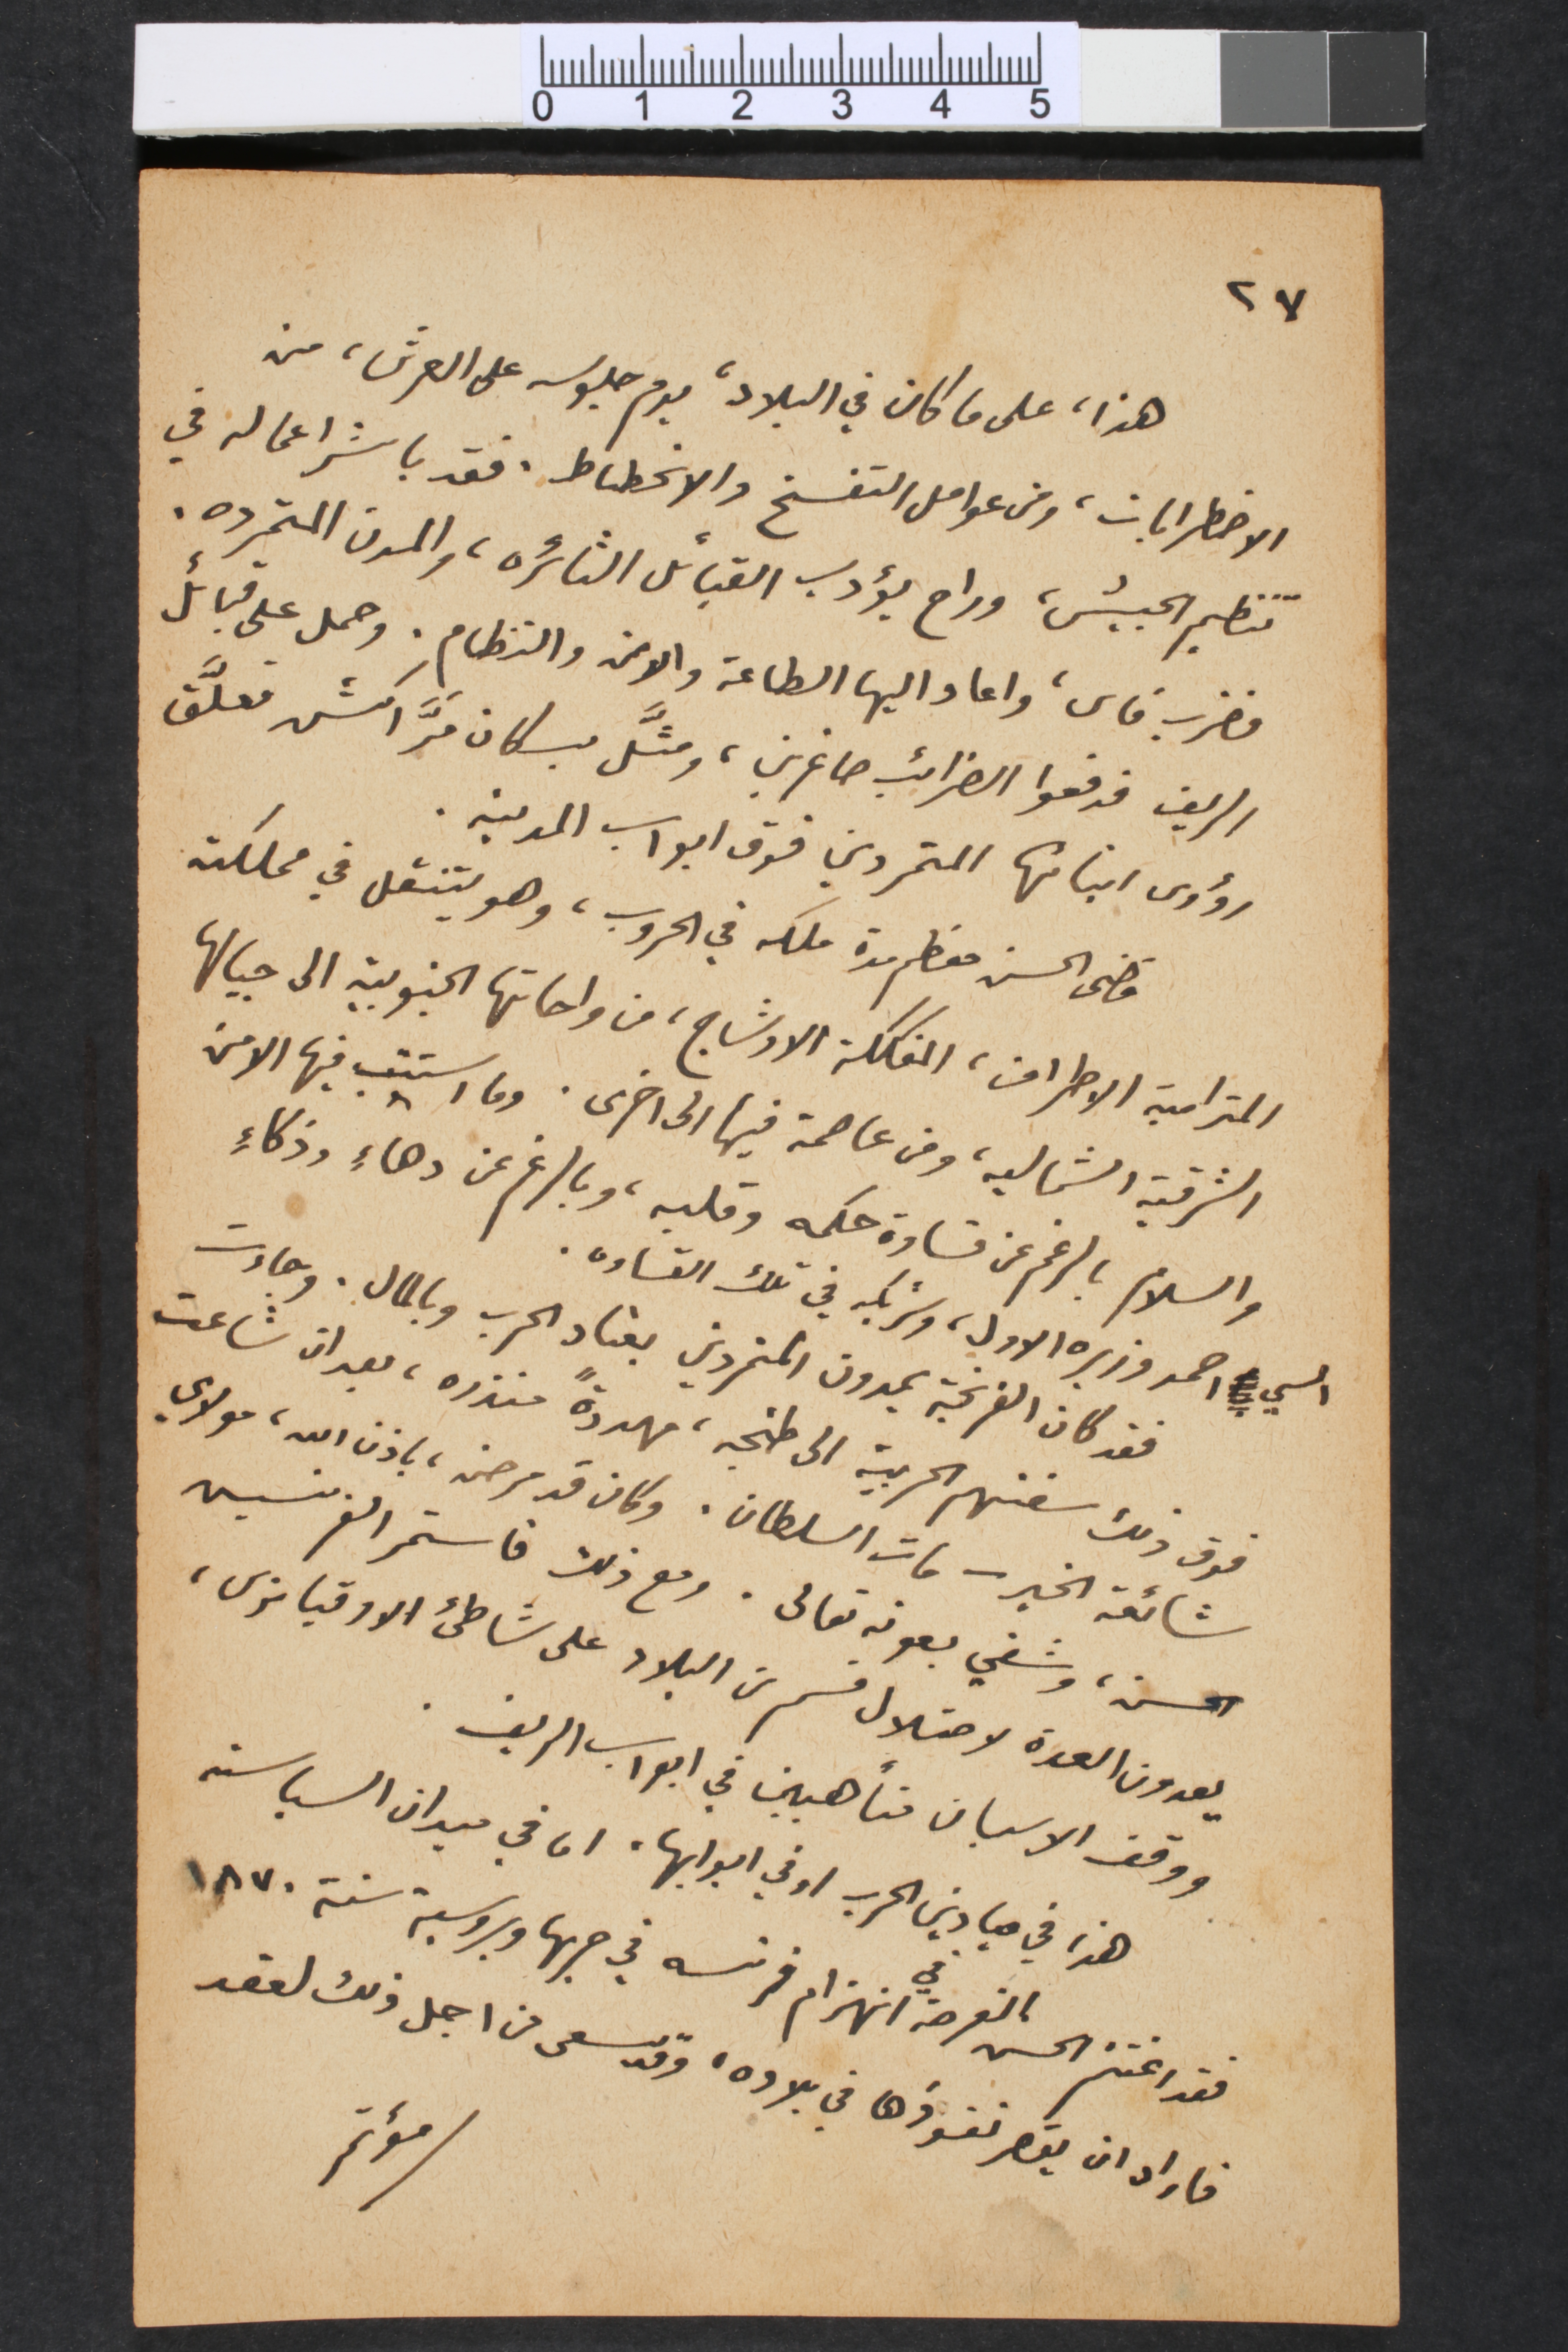
٢٧
هذا، على ما كان في البلاد، يوم جلوسه على العرش، من
الاضطرابات، ومن عوامل التفسخ والانحطاط. فقد باشر اعماله في
تنظيم الجيش، وراح يؤدب القبائل الثائره، والمدن المتمرده.
فضرب فاس، واعاد اليها الطاعة والامن والنظام. وحمل على قبائل
الريف فدفعوا الضرائب صاغرين، ومثَّل بسكان مَرّاكش فعلّق
رؤوس ابنائها المتمردين فوق ابواب المدينه.
قضى الحسن معظم مدة ملكه في الحروب، وهو يتنقل في مملكته
المترامية الاطراف، المفككة الاوشاج، من واحاتها الجنوبية الى جبالها
الشرقية الشماليه، ومن عاصمة فيها الى اخرى. وما استتب فيها الامن
والسلام بالرغم من قساوة حكمه وقلبه، وبالرغم عن دهاء وذكاء
السي احمد وزيره الاول، وشريكه في تلك القساوه.
فقد كان الفرنجة يمدون المتمردين بعتاد الحرب وبالمال. وجاءت
فوق ذلك سفنهم الحربية الى طنجه، مهددةً منذره، بعد ان شاعت
شائعة الخبر – مات السلطان. وكان قد مرض، باذن الله، مولاي
الحسن، وشفي بعونه تعالى. ومع ذلك فاستمر الفرنسيس
يعدون العدة لاحتلال قسم من البلاد على شاطىء الاوقيانوس،
ووقف الاسبان متأهبين في ابواب الريف.
هذا في ميادين الحرب او في ابوابها، اما في ميدان السياسة
فقد اغتنم الحسن الفرصة في انهزام فرنسه في حربها وبروسية سنة ١٨٧٠
فاراد ان يقصر نفوذها في بلاده، وقد سعى من اجل ذلك لعقد
مؤتمر